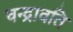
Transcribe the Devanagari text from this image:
चन्द्रावति